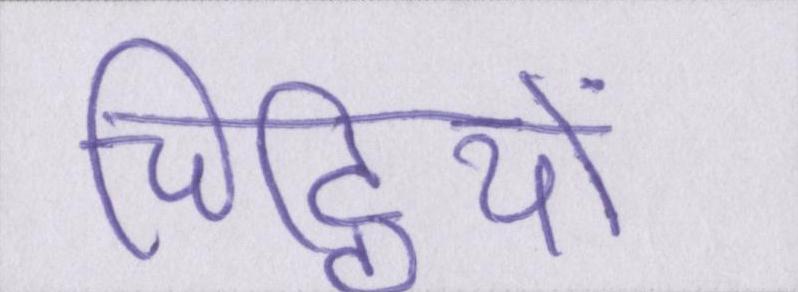
चिट्ठियों